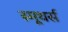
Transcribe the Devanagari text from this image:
स्मूथर्स